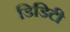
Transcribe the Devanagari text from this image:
डिडिटी